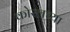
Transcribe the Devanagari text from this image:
कोरलच्या